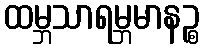
ထမ္ဘသာရမ္ဘမာနဉ္စ